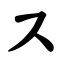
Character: ス